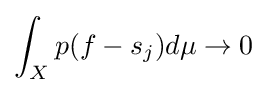
\int _{X}p(f-s_{j})d\mu \to 0